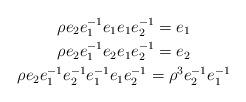
LaTeX: \begin{gather*}\rho e_2 e_1^{-1} e_1 e_1 e_2^{-1} = e_1 \\\rho e_2 e_1^{-1} e_2 e_1 e_2^{-1} = e_2 \\\rho e_2 e_1^{-1} e_2^{-1}e_1^{-1} e_1 e_2^{-1} = \rho^3 e_2^{-1}e_1^{-1}\end{gather*}